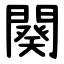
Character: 闋